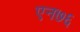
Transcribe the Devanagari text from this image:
एन७६